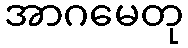
အာဂမေတု